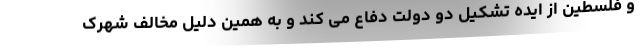
و فلسطین از ایده تشکیل دو دولت دفاع می کند و به همین دلیل مخالف شهرک